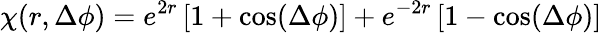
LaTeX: \chi(r,\Delta\phi)=e^{2r}\left[1+\cos(\Delta\phi)\right]+e^{-2r}\left[1-\cos(\Delta\phi)\right]